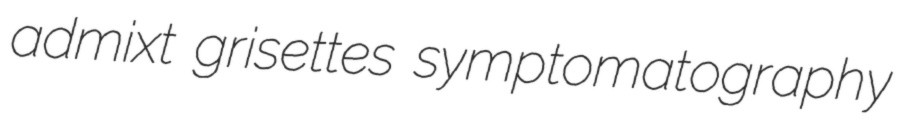
admixt grisettes symptomatography